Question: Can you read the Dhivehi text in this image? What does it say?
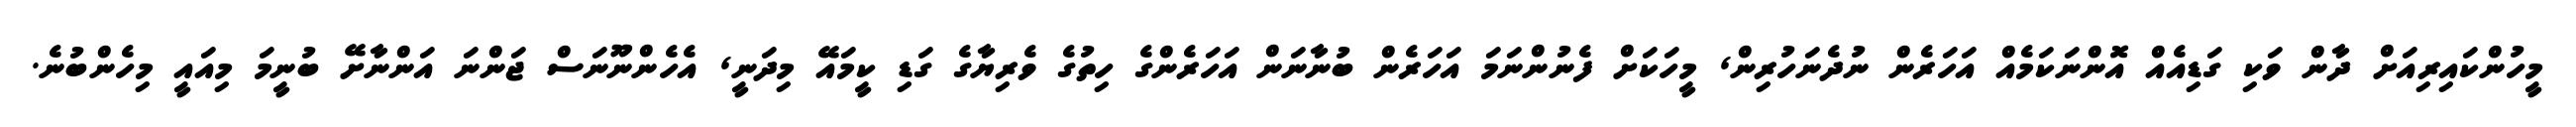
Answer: މީހުންކައިރިއަށް ދާން ވަކި ގަޑިއެއް އޮންނަކަމެއް އަހަރެން ނުދެނަހުރިން, މީހަކަށް ފެނުންނަމަ އަހަރެން ބުނާނަން އަހަރެންގެ ހިތުގެ ވެރިޔާގެ ގަޑި ކީމައޭ މިދަނީ, އެހެންނޫނަސް ޖަންނަ އަންނާށޭ ބުނީމަ މިއައީ މިހެންބުނެ.